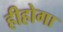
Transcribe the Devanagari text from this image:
हीहोगा